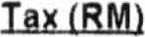
TAX (RM)